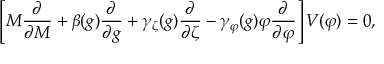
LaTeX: \left[ M { \frac { \partial } { \partial M } } + \beta ( g ) { \frac { \partial } { \partial g } } + \gamma _ { \zeta } ( g ) { \frac { \partial } { \partial \zeta } } - \gamma _ { \varphi } ( g ) \varphi { \frac { \partial } { \partial \varphi } } \right] V ( \varphi ) = 0 ,